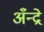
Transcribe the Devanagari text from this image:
अँन्द्रे